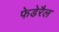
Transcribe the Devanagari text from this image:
फेडेरैल